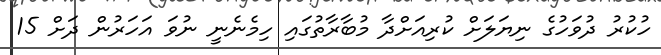
ހުކުރު ދުވަހުގެ ނިޔަލަށް ކުރިއަށްދާ މުބާރާތުގައި ހިމެނެނީ ނުވަ އަހަރުން ދަށް 15